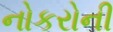
નોકરોની